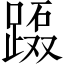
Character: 𲃲